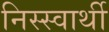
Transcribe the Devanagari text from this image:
निस्स्वार्थी